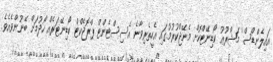
އައިލެންޑްސް' މަޝްރޫޢު ކޯޑިނޭޓްކޮށް މެނޭޖްކުރުމުގައި އެހީތެރިވާނެ އެސިސްޓެންޓް ޕްރޮޖެކްޓް ކޯޑިނޭޓަރެއް ހޯދުމަށް ބޭނުންވެއެވެ.